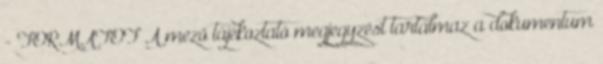
- FORMATOF A mező tájékoztató megjegyzést tartalmaz a dokumentum